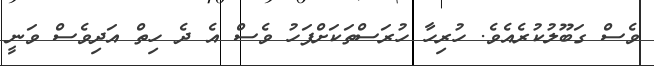
ވެސް ގަބޫލުކުރެއެވެ. ހުރިހާ ހުރަސްތަކަށްފަހު ވެސް އެ ދެ ހިތް އަދިވެސް ވަނީ